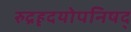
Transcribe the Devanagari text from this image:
रुद्रहृदयोपनिषद्